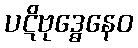
ပဋိဗုဒ္ဓေနေဝ